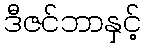
ဒီဇင်ဘာနှင့်